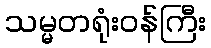
သမ္မတရုံးဝန်ကြီး